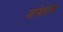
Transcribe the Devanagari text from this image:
जानेवारीचा